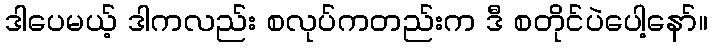
ဒါပေမယ့် ဒါကလည်း စလုပ်ကတည်းက ဒီ စတိုင်ပဲပေါ့နော်။